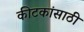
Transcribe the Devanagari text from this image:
कीटकांसाठी